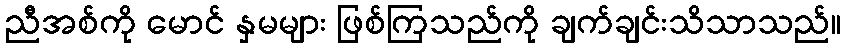
ညီအစ်ကို မောင် နှမများ ဖြစ်ကြသည်ကို ချက်ချင်းသိသာသည်။